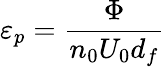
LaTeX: \varepsilon_{p}=\frac{\Phi}{n_{0}U_{0}d_{f}}